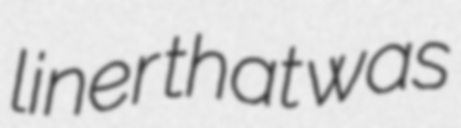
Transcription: liner that was